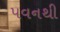
પવનથી